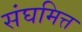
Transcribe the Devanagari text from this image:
संघमित्त